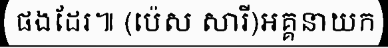
ផងដែរ៕ (ប៉េស សារី)អគ្គនាយក